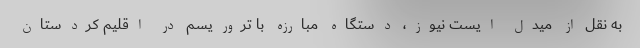
به نقل از میدل ایست نیوز، دستگاه مبارزه با تروریسم در اقلیم کردستان